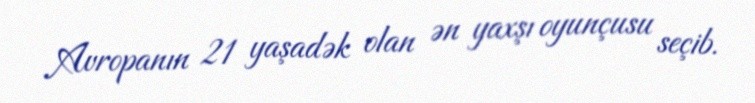
Avropanın 21 yaşadək olan ən yaxşı oyunçusu seçib.